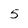
Character: 5